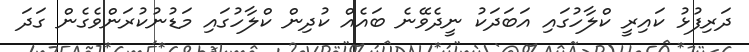
ދަރިފުޅު ކައިރީ ކްލާހުގައި އަބަދަކު ނީދެވޭނެ ބައެއް ކުދިން ކްލާހުގައި މަޑުނުކުރަންވެގެން ގަދަ